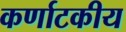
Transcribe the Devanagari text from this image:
कर्णाटकीय